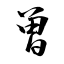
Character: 曽